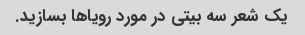
یک شعر سه بیتی در مورد رویاها بسازید.